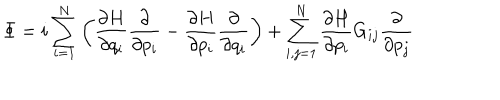
\Phi = i \sum _ { i = 1 } ^ { N } \left( { \frac { \partial H } { \partial q _ { i } } } { \frac { \partial } { \partial p _ { i } } } - { \frac { \partial H } { \partial p _ { i } } } { \frac { \partial } { \partial q _ { i } } } \right) + \sum _ { i , j = 1 } ^ { N } { \frac { \partial H } { \partial p _ { i } } } G _ { i j } { \frac { \partial } { \partial p _ { j } } }